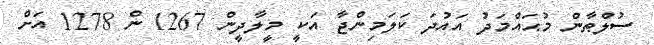
ސުލްޠާން މުޙައްމަދު އައުދަ ކަލަމިންޖާ އަކީ މީލާދީން 1267 ން 1278 އަށް